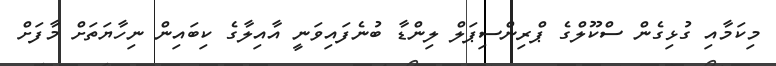
މިކަމާއި ގުޅިގެން ސްކޫލްގެ ޕްރިންސިޕަލް ލިންޑާ ބުނެފައިވަނީ އާއިލާގެ ކިބައިން ނިހާޔަތަށް މާފަށް